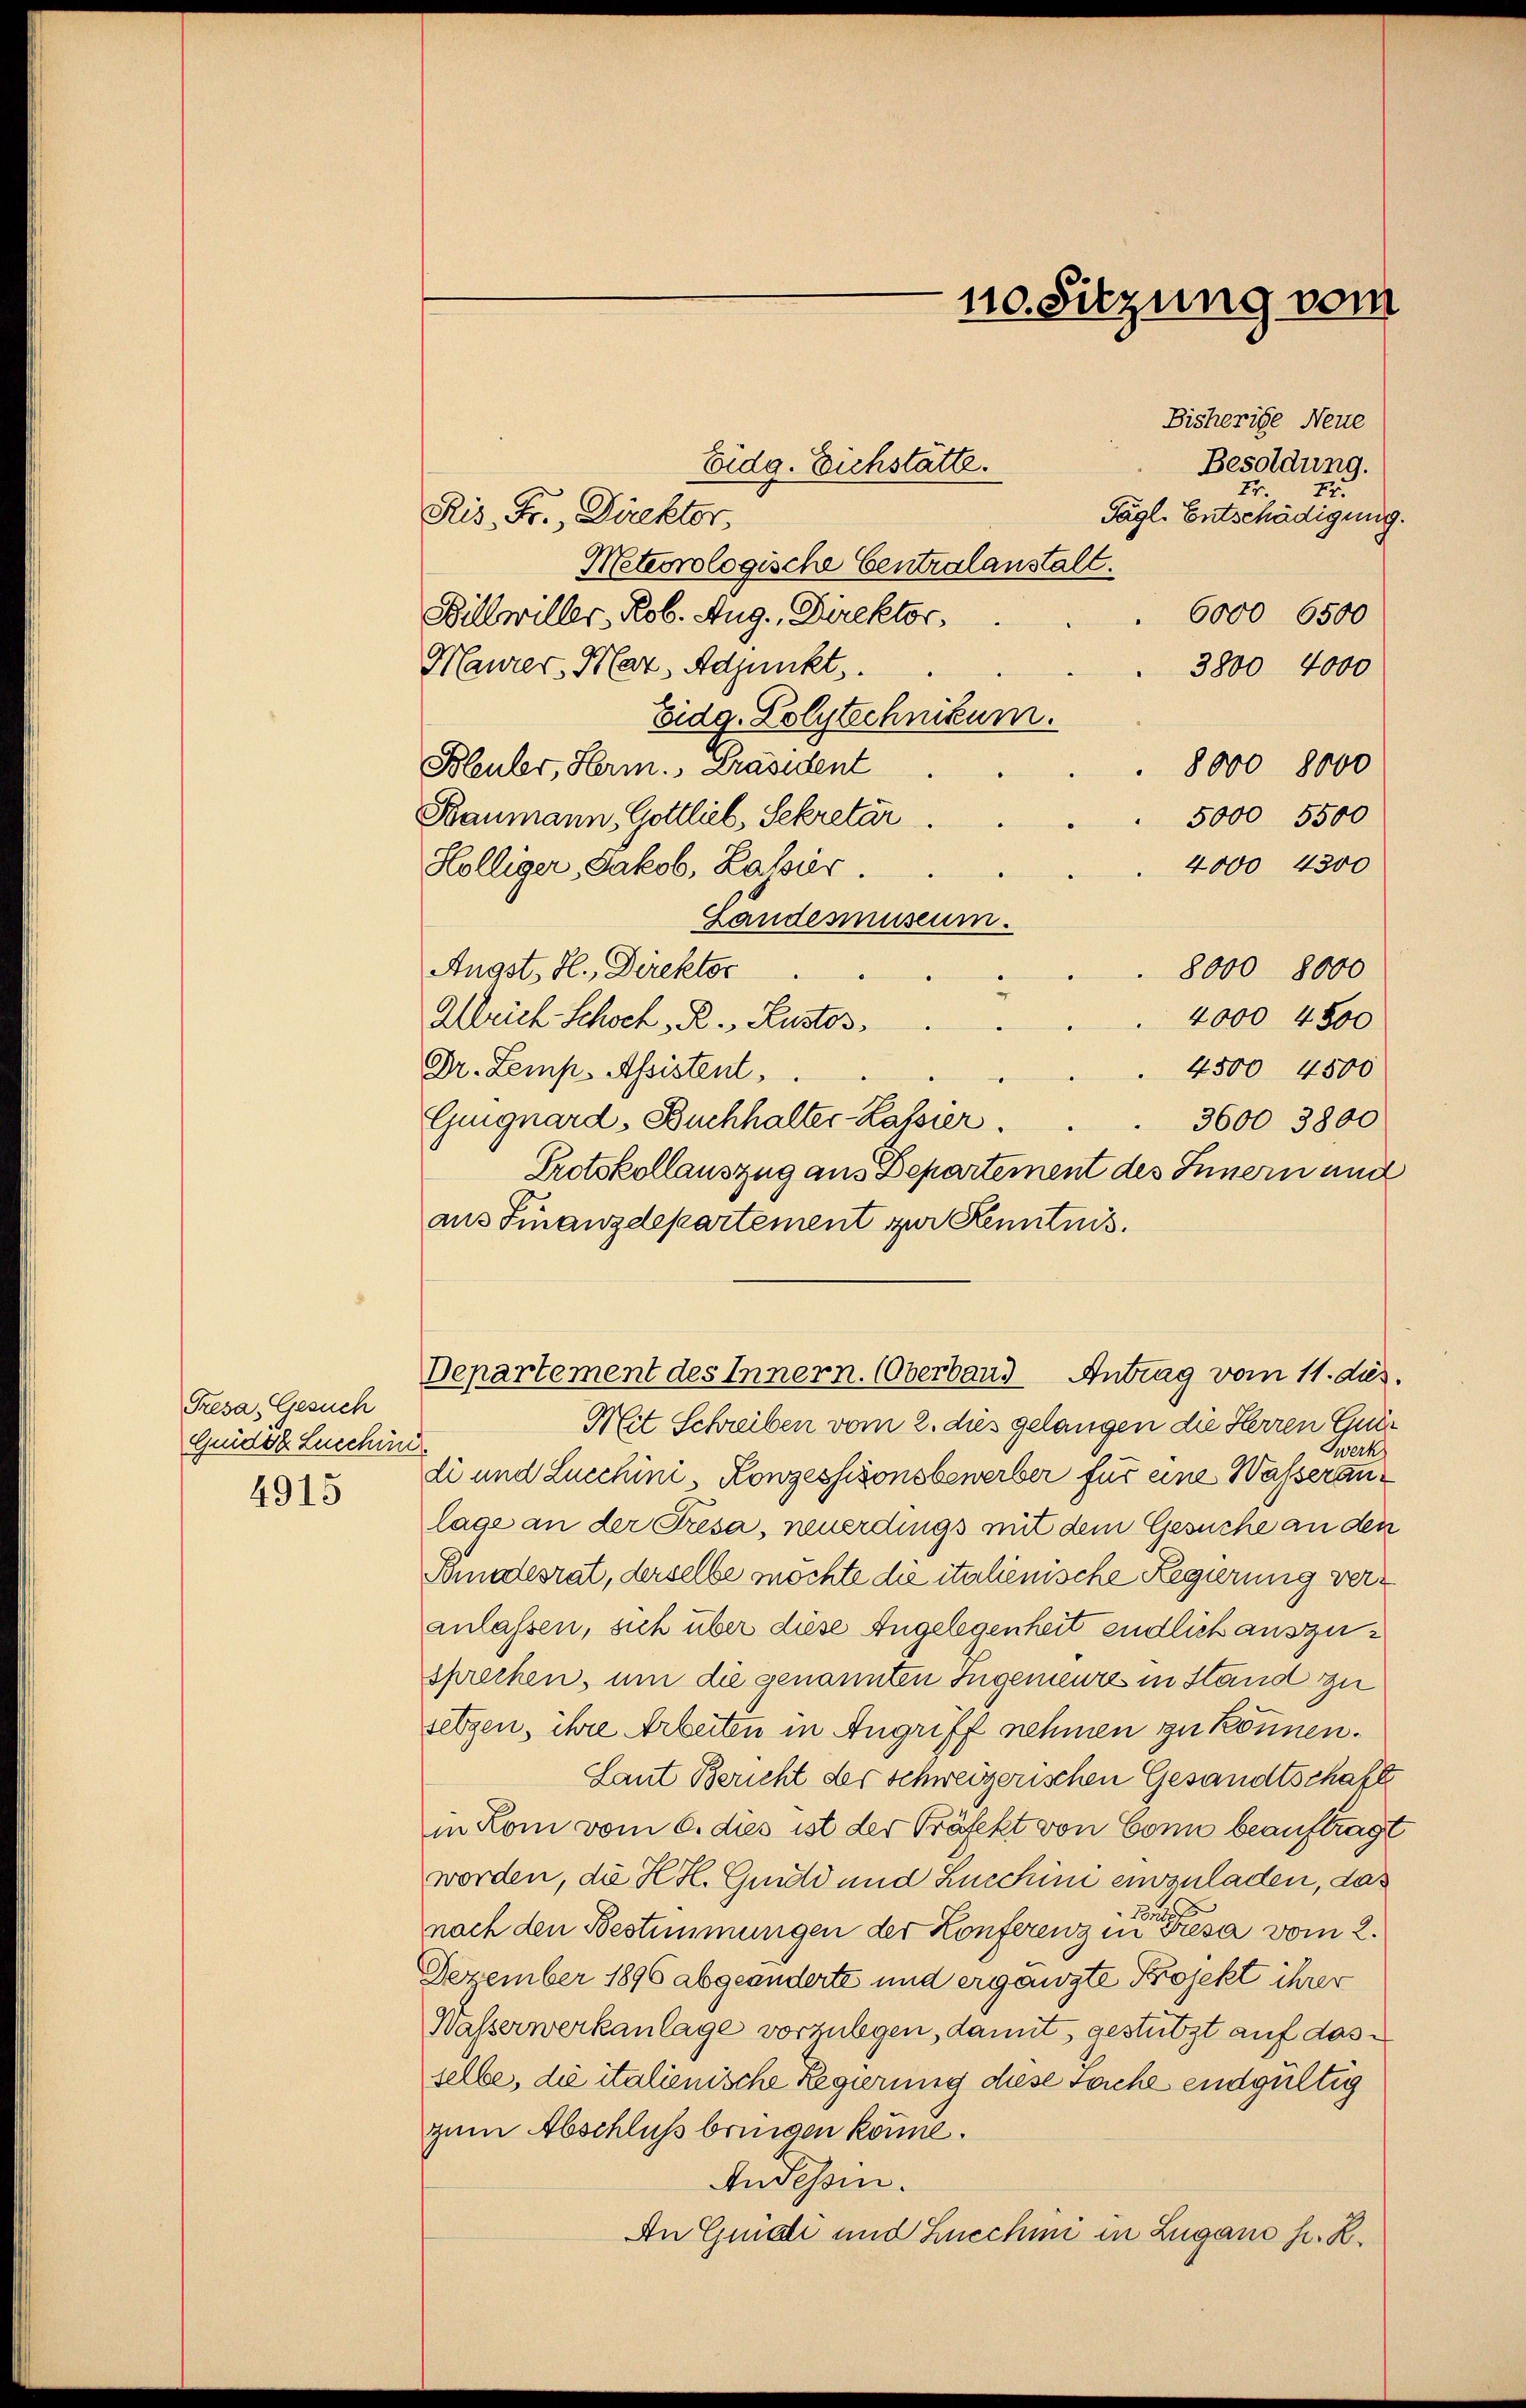
Presa, Gesuch
Guidoz Lucchin
4915

Ris. Fr., Direktor,
Meteorologische Centralanstalt.
Billwiller, Rob. Aug., Direktor,
Maurer, Mar. Adjunkt.
Eidg. Polytechnikum.
Bleuler, Herm. Präsident
8000 8000
Baumann, Gottlieb, Sekretär
5000 5500
4000 4300
Hölliger, Jakob, Lasser.
Landesmuseum.
Angst, H., Direktor
8000 8000
4000 4500
Weich Schock, B. Lustos
4500 4500
Dr. Lemp. Assistent,
Guignard, Buchhalter-Kassier.
3600 3800
Protokollauszug aus Departement des Innern und
aus Finanzdepartement zur Kenntnis.
Departement des Innern. Oberband Antrag vom 11. dus.
Mit Schreiben vom 2. dies gelangen die Herren Gur
werks
di und Lucchini, Konzessionsbewerber für eine Wasseranlage an der Pisa, neuerdings mit dem Gesuche an den
Bundesrat, derselbe möchte die italienische Regierung veranlassen, sich über diese Angelegenheit endlich auszusprechen, um die genannten Ingemeures in Stand zu
selzen, ihre Arbeiten in Angriff nehmen zu können.
Laut Bericht der schweizerischen Gesandtschaft
in Rom vom 6. dies ist der Präfekt von Conn beauftragt
worden, die H.H. Guidd und Zuschin einzuladen, das
13.
nach den Bestimmungen der Konferenz in Friesa vom 2.
Dezember 1896 abgeänderte und ergänzte Projekt ihrer
Wasserwerkanlage vorzulegen, damit gestützt auf dasselbe, die italienische Regierung diese Sache endgültig
zum Abschluß bringen könne.
An Tessin.
An Guide und Lucchini in Lugano h. R.

110. Sitzung vom

Eidg. Eichstätte.

Besoldung.
.
Tägl. Entschädigung.

Bisherige Neue
72
6000 6500
3800 4000